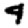
Digit: 4